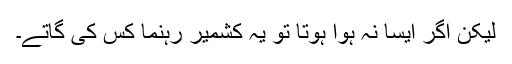
لیکن اگر ایسا نہ ہوا ہوتا تو یہ کشمیر رہنما کس کی گاتے۔